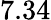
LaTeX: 7.34